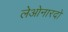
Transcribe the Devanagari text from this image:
लेओनारदो